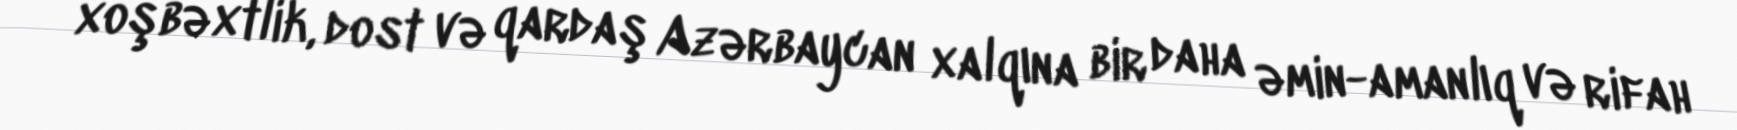
xoşbəxtlik, dost və qardaş Azərbaycan xalqına bir daha əmin-amanlıq və rifah